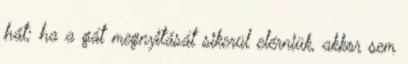
hát; ha a gát megnyitását sikerül elérniük, akkor sem